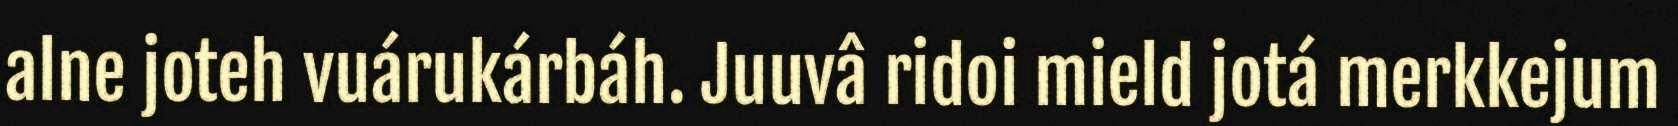
alne joteh vuárukárbáh. Juuvâ ridoi mield jotá merkkejum